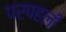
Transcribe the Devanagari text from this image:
परपहली